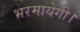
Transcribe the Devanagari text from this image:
भरमायेगी।